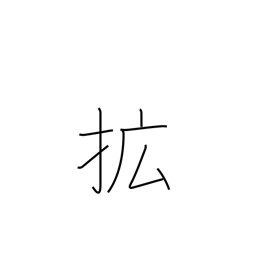
Meaning: extend